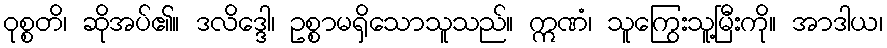
ဝုစ္စတိ၊ ဆိုအပ်၏။ ဒလိဒ္ဒေါ၊ ဥစ္စာမရှိသောသူသည်။ ဣဏံ၊ သူကြွေးသူ့မြီးကို။ အာဒါယ၊